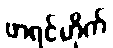
ဖာရင်ဟိုက်